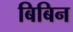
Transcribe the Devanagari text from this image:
बिबिन